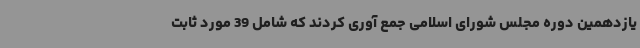
یازدهمین دوره مجلس شورای اسلامی جمع آوری کردند که شامل 39 مورد ثابت